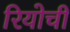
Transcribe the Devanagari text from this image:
रियोची